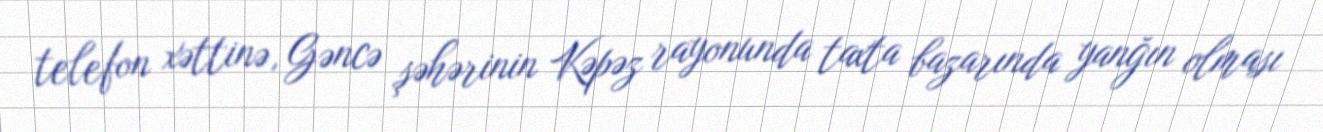
telefon xəttinə, Gəncə şəhərinin Kəpəz rayonunda taxta bazarında yanğın olması